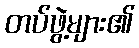
တပ်ဖွဲ့များ၏